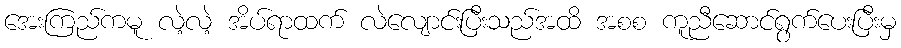
အေးကြည်ကမူ လဲ့လဲ့ အိပ်ရာထက် လဲလျောင်းပြီးသည်အထိ အစစ ကူညီဆောင်ရွက်ပေးပြီးမှ